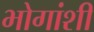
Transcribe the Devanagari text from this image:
भोगांशी